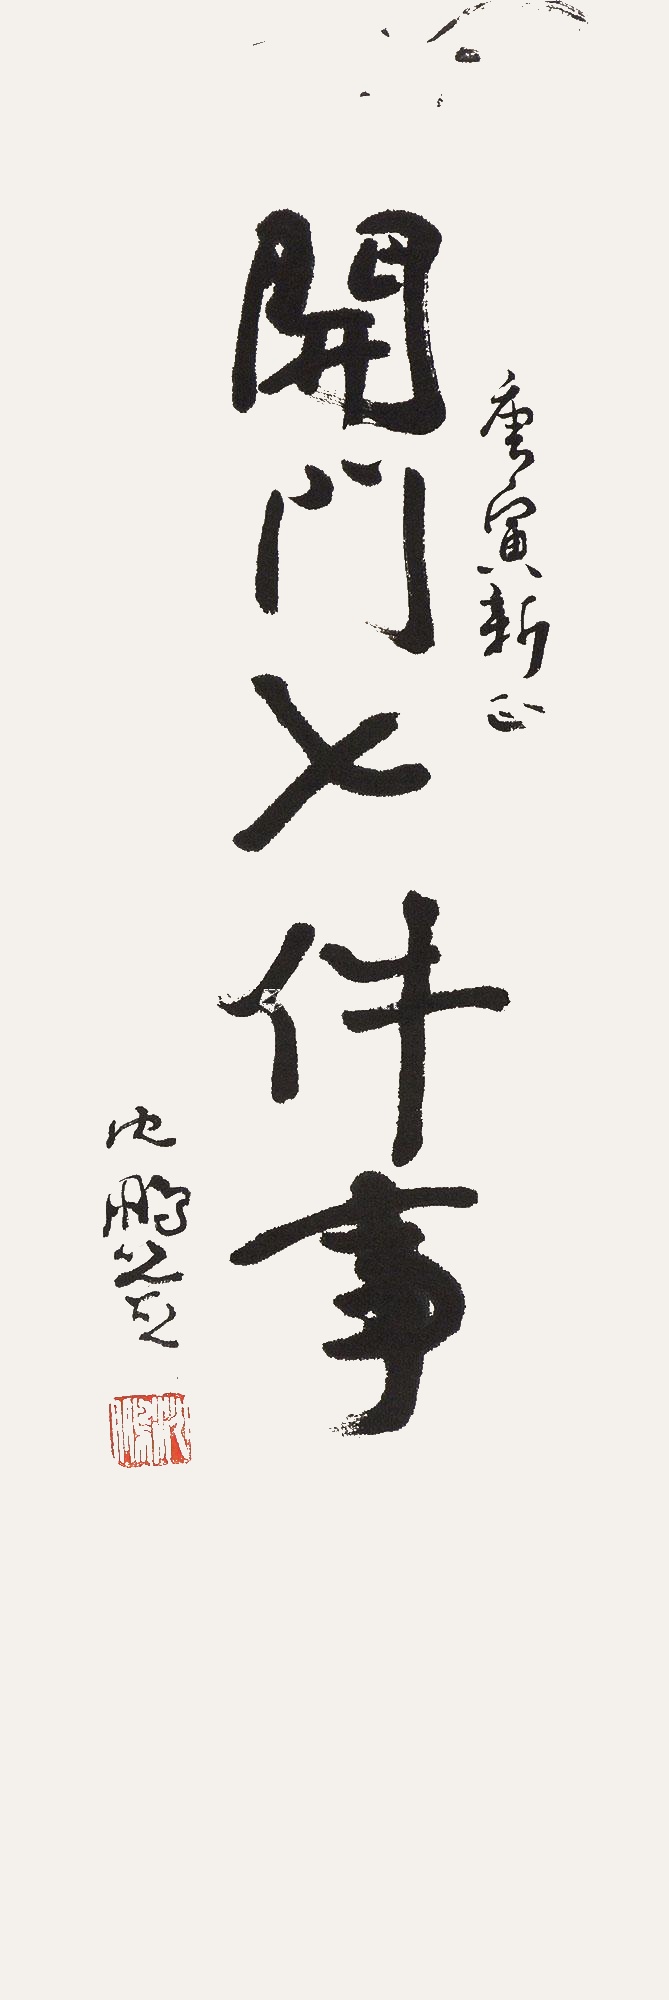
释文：开门七件事。庚寅新正，沈鹏签。